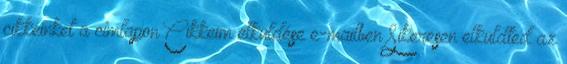
cikkeinket a címlapon Cikkeim elküldése e-mailben Sikeresen elküldted az